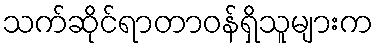
သက်ဆိုင်ရာတာဝန်ရှိသူများက